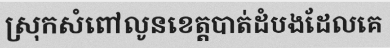
ស្រុកសំពៅលូនខេត្តបាត់ដំបងដែលគេ